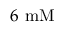
6 ~ \mathrm { m M }